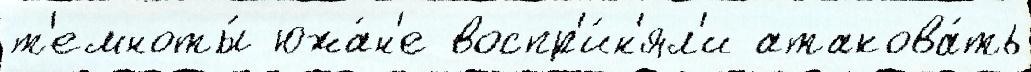
т'емноты́ южа́н'е воспр'и́н'ял'и атакова́ть